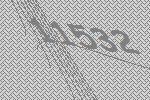
11532